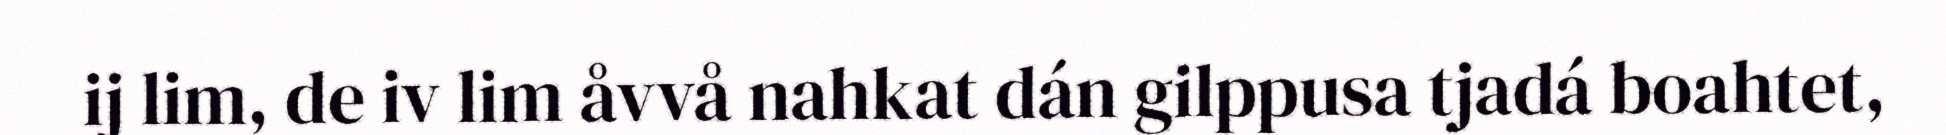
ij lim, de iv lim åvvå nahkat dán gilppusa tjadá boahtet,